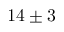
1 4 \pm 3